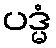
ပဒ္မံ